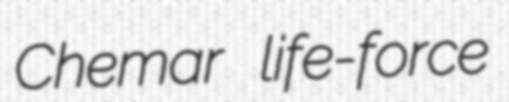
Chemar life-force